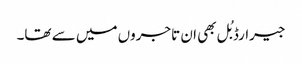
جیرارڈ بُل بھی ان تاجروں میں سے تھا۔